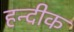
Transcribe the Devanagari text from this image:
हन्दीक